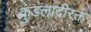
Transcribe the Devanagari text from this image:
कुंडलादीरक्त